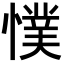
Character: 𭞴